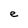
Character: e